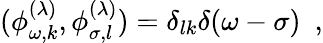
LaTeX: (\phi_{\omega,k}^{(\lambda)},\phi_{\sigma,l}^{(\lambda)})=\delta_{lk}\delta(\omega-\sigma)~~,